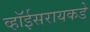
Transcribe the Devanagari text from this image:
व्हॉईसरायकडे